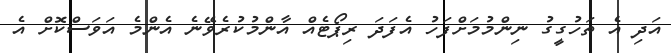
އަދި އެ ތަހުގީގު ނިންމުމަށްފަހު އެފަދަ ރިޕޯޓެއް އާންމުކުރެވޭނެ އެންމެ އަވަސްކޮށް އެ